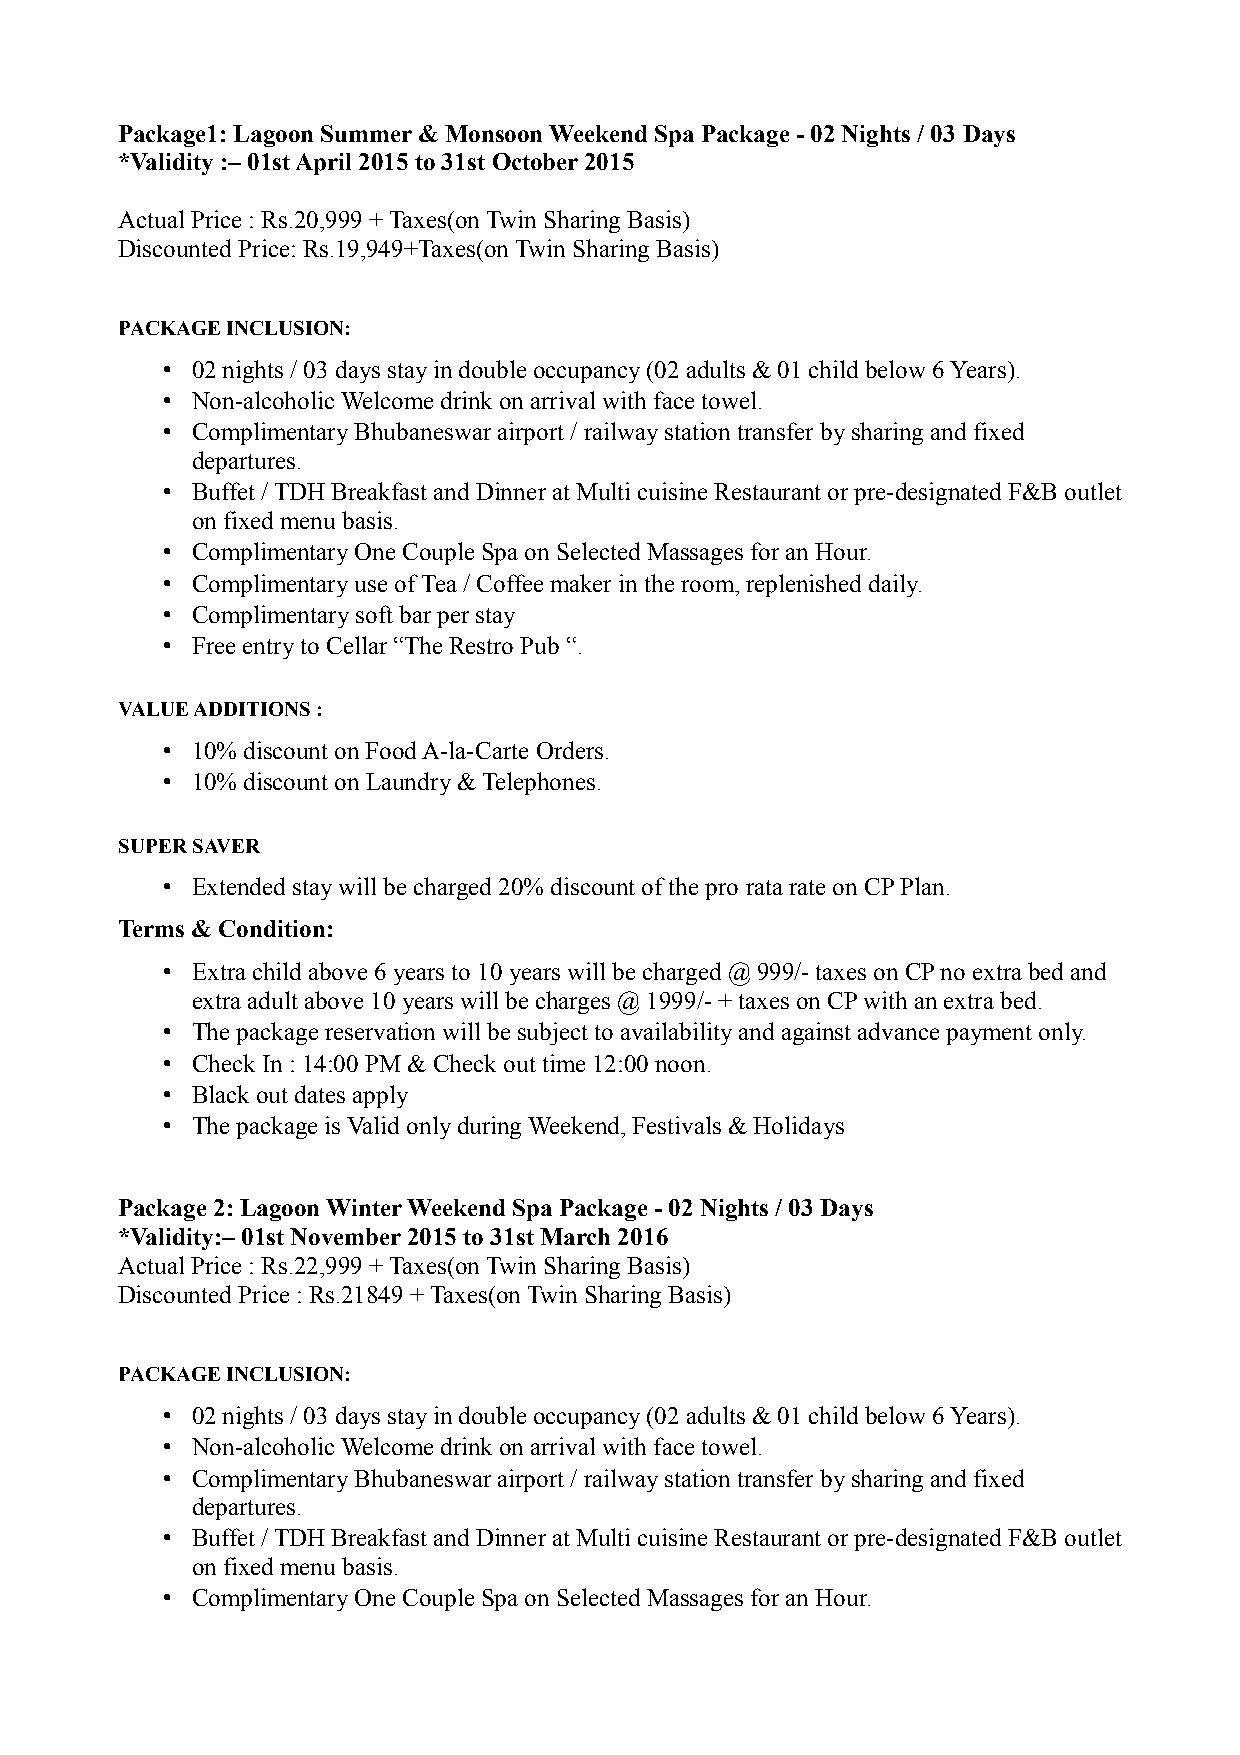
Package1: Lagoon Summer & Monsoon Weekend Spa Package - 02 Nights / 03 Days
 *Validity :– 01st April 2015 to 31st October 2015
 Actual Price : Rs.20,999 + Taxes(on Twin Sharing Basis)
 Discounted Price: Rs.19,949+Taxes(on Twin Sharing Basis)
 PACKAGE INCLUSION:
 • 02 nights / 03 days stay in double occupancy (02 adults & 01 child below 6 Years).
 • Non-alcoholic Welcome drink on arrival with face towel.
 • Complimentary Bhubaneswar airport / railway station transfer by sharing and fixed
 departures.
 • Buffet / TDH Breakfast and Dinner at Multi cuisine Restaurant or pre-designated F&B outlet
 on fixed menu basis.
 • Complimentary One Couple Spa on Selected Massages for an Hour.
 • Complimentary use of Tea / Coffee maker in the room, replenished daily.
 • Complimentary soft bar per stay
 • Free entry to Cellar “The Restro Pub “.
 VALUE ADDITIONS :
 • 10% discount on Food A-la-Carte Orders.
 • 10% discount on Laundry & Telephones.
 SUPER SAVER
 • Extended stay will be charged 20% discount of the pro rata rate on CP Plan.
 Terms & Condition:
 • Extra child above 6 years to 10 years will be charged @ 999/- taxes on CP no extra bed and
 extra adult above 10 years will be charges @ 1999/- + taxes on CP with an extra bed.
 • The package reservation will be subject to availability and against advance payment only.
 • Check In : 14:00 PM & Check out time 12:00 noon.
 • Black out dates apply
 • The package is Valid only during Weekend, Festivals & Holidays
 Package 2: Lagoon Winter Weekend Spa Package - 02 Nights / 03 Days
 *Validity:– 01st November 2015 to 31st March 2016
 Actual Price : Rs.22,999 + Taxes(on Twin Sharing Basis)
 Discounted Price : Rs.21849 + Taxes(on Twin Sharing Basis)
 PACKAGE INCLUSION:
 • 02 nights / 03 days stay in double occupancy (02 adults & 01 child below 6 Years).
 • Non-alcoholic Welcome drink on arrival with face towel.
 • Complimentary Bhubaneswar airport / railway station transfer by sharing and fixed
 departures.
 • Buffet / TDH Breakfast and Dinner at Multi cuisine Restaurant or pre-designated F&B outlet
 on fixed menu basis.
 • Complimentary One Couple Spa on Selected Massages for an Hour.